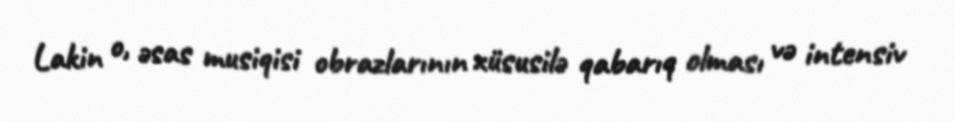
Lakin o, əsas musiqisi obrazlarının xüsusilə qabarıq olması və intensiv